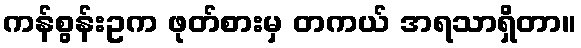
ကန်စွန်းဥက ဖုတ်စားမှ တကယ် အရသာရှိတာ။